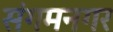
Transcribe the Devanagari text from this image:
संगमनगर